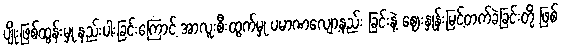
ပျိုးဖြစ်ထွန်းမှု နည်းပါးခြင်းကြောင့် အာလူးစီးထွက်မှု ပမာဏလျော့နည်း ခြင်းနဲ့ ဈေးနှုန်းမြင့်တက်ခဲ့ခြင်းတို့ ဖြစ်